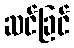
ဆင်ခြင်